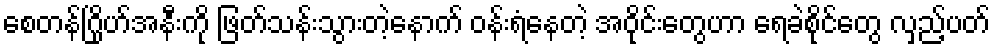
စေတန်ဂြိုဟ်အနီးကို ဖြတ်သန်းသွားတဲ့နောက် ဝန်းရံနေတဲ့ အဝိုင်းတွေဟာ ရေခဲစိုင်တွေ လှည့်ပတ်